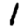
Digit: 1